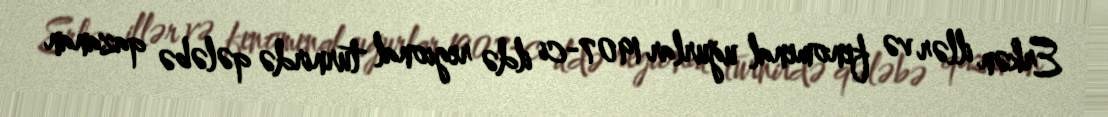
Erkən illər və fenomenal uğurlar 1907-ci ildə regional turnirdə qələbə qazanan